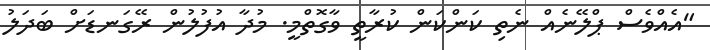
"އެއްވެސް ޕްލޭނެއް ނެތި ކަންކަން ކުރާތީ ވާގޮތްމީ. މުދާ އުފުލުން ރޭގަނޑަށް ބަދަލު